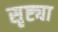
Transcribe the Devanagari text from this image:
सृष्ट्या